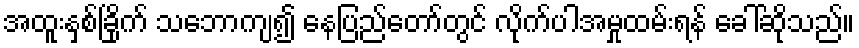
အထူးနှစ်ခြိုက် သဘောကျ၍ နေပြည်တော်တွင် လိုက်ပါအမှုထမ်းရန် ခေါ်ဆိုသည်။